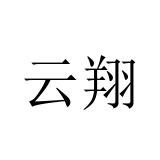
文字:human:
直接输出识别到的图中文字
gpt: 云翔